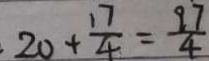
\cdot 2 0 + \frac { 1 7 } { 4 } = \frac { 9 \dot { 7 } } { 4 }